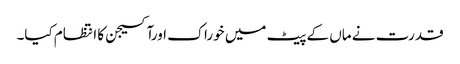
قدرت نے ماں کے پیٹ میں خوراک اورآکسیجن کا انتظام کیا۔